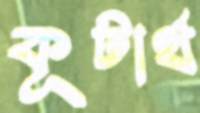
কূটার্থ